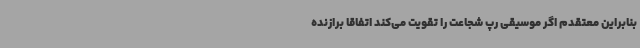
بنابراین معتقدم اگر موسیقی رپ شجاعت را تقویت می‌کند اتفاقا برازنده